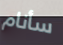
سأنام